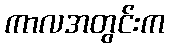
ကာလအတွင်းက